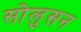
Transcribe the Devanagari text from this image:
सोलुसन